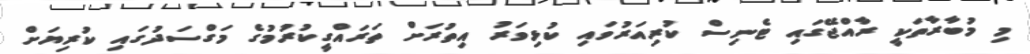
މި މުބާރާތަކީ ރާއްޖޭގައި ޓެނިސް ކުރިއަރުވައި ކުޅިވަރު އިތުރަށް ތަރައްގީކުރުމުގެ މަގްސަދުގައި ކުރިޔަށް